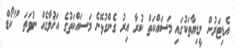
އެޑިޓަރުން މީޑިޔާތަކުގައި މަސައްކަތް ކުރާ އިރު ގެންގުޅޭނެ މަސައްކަތުގެ އަޚުލާގެއް ނުވަތަ "ކޯޑް